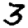
Digit: 3